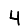
Digit: 4